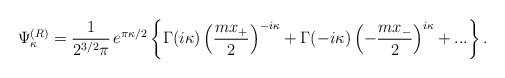
\begin{align*}\Psi_{\kappa}^{(R)}=\frac1{2^{3/2}\pi}\,e^{\pi\kappa/2}\left\{\Gamma(i\kappa)\left(\frac{mx_+}2\right)^{-i\kappa}+\Gamma(-i\kappa)\left(-\frac{mx_-}2\right)^{i\kappa}+...\right\}.\end{align*}